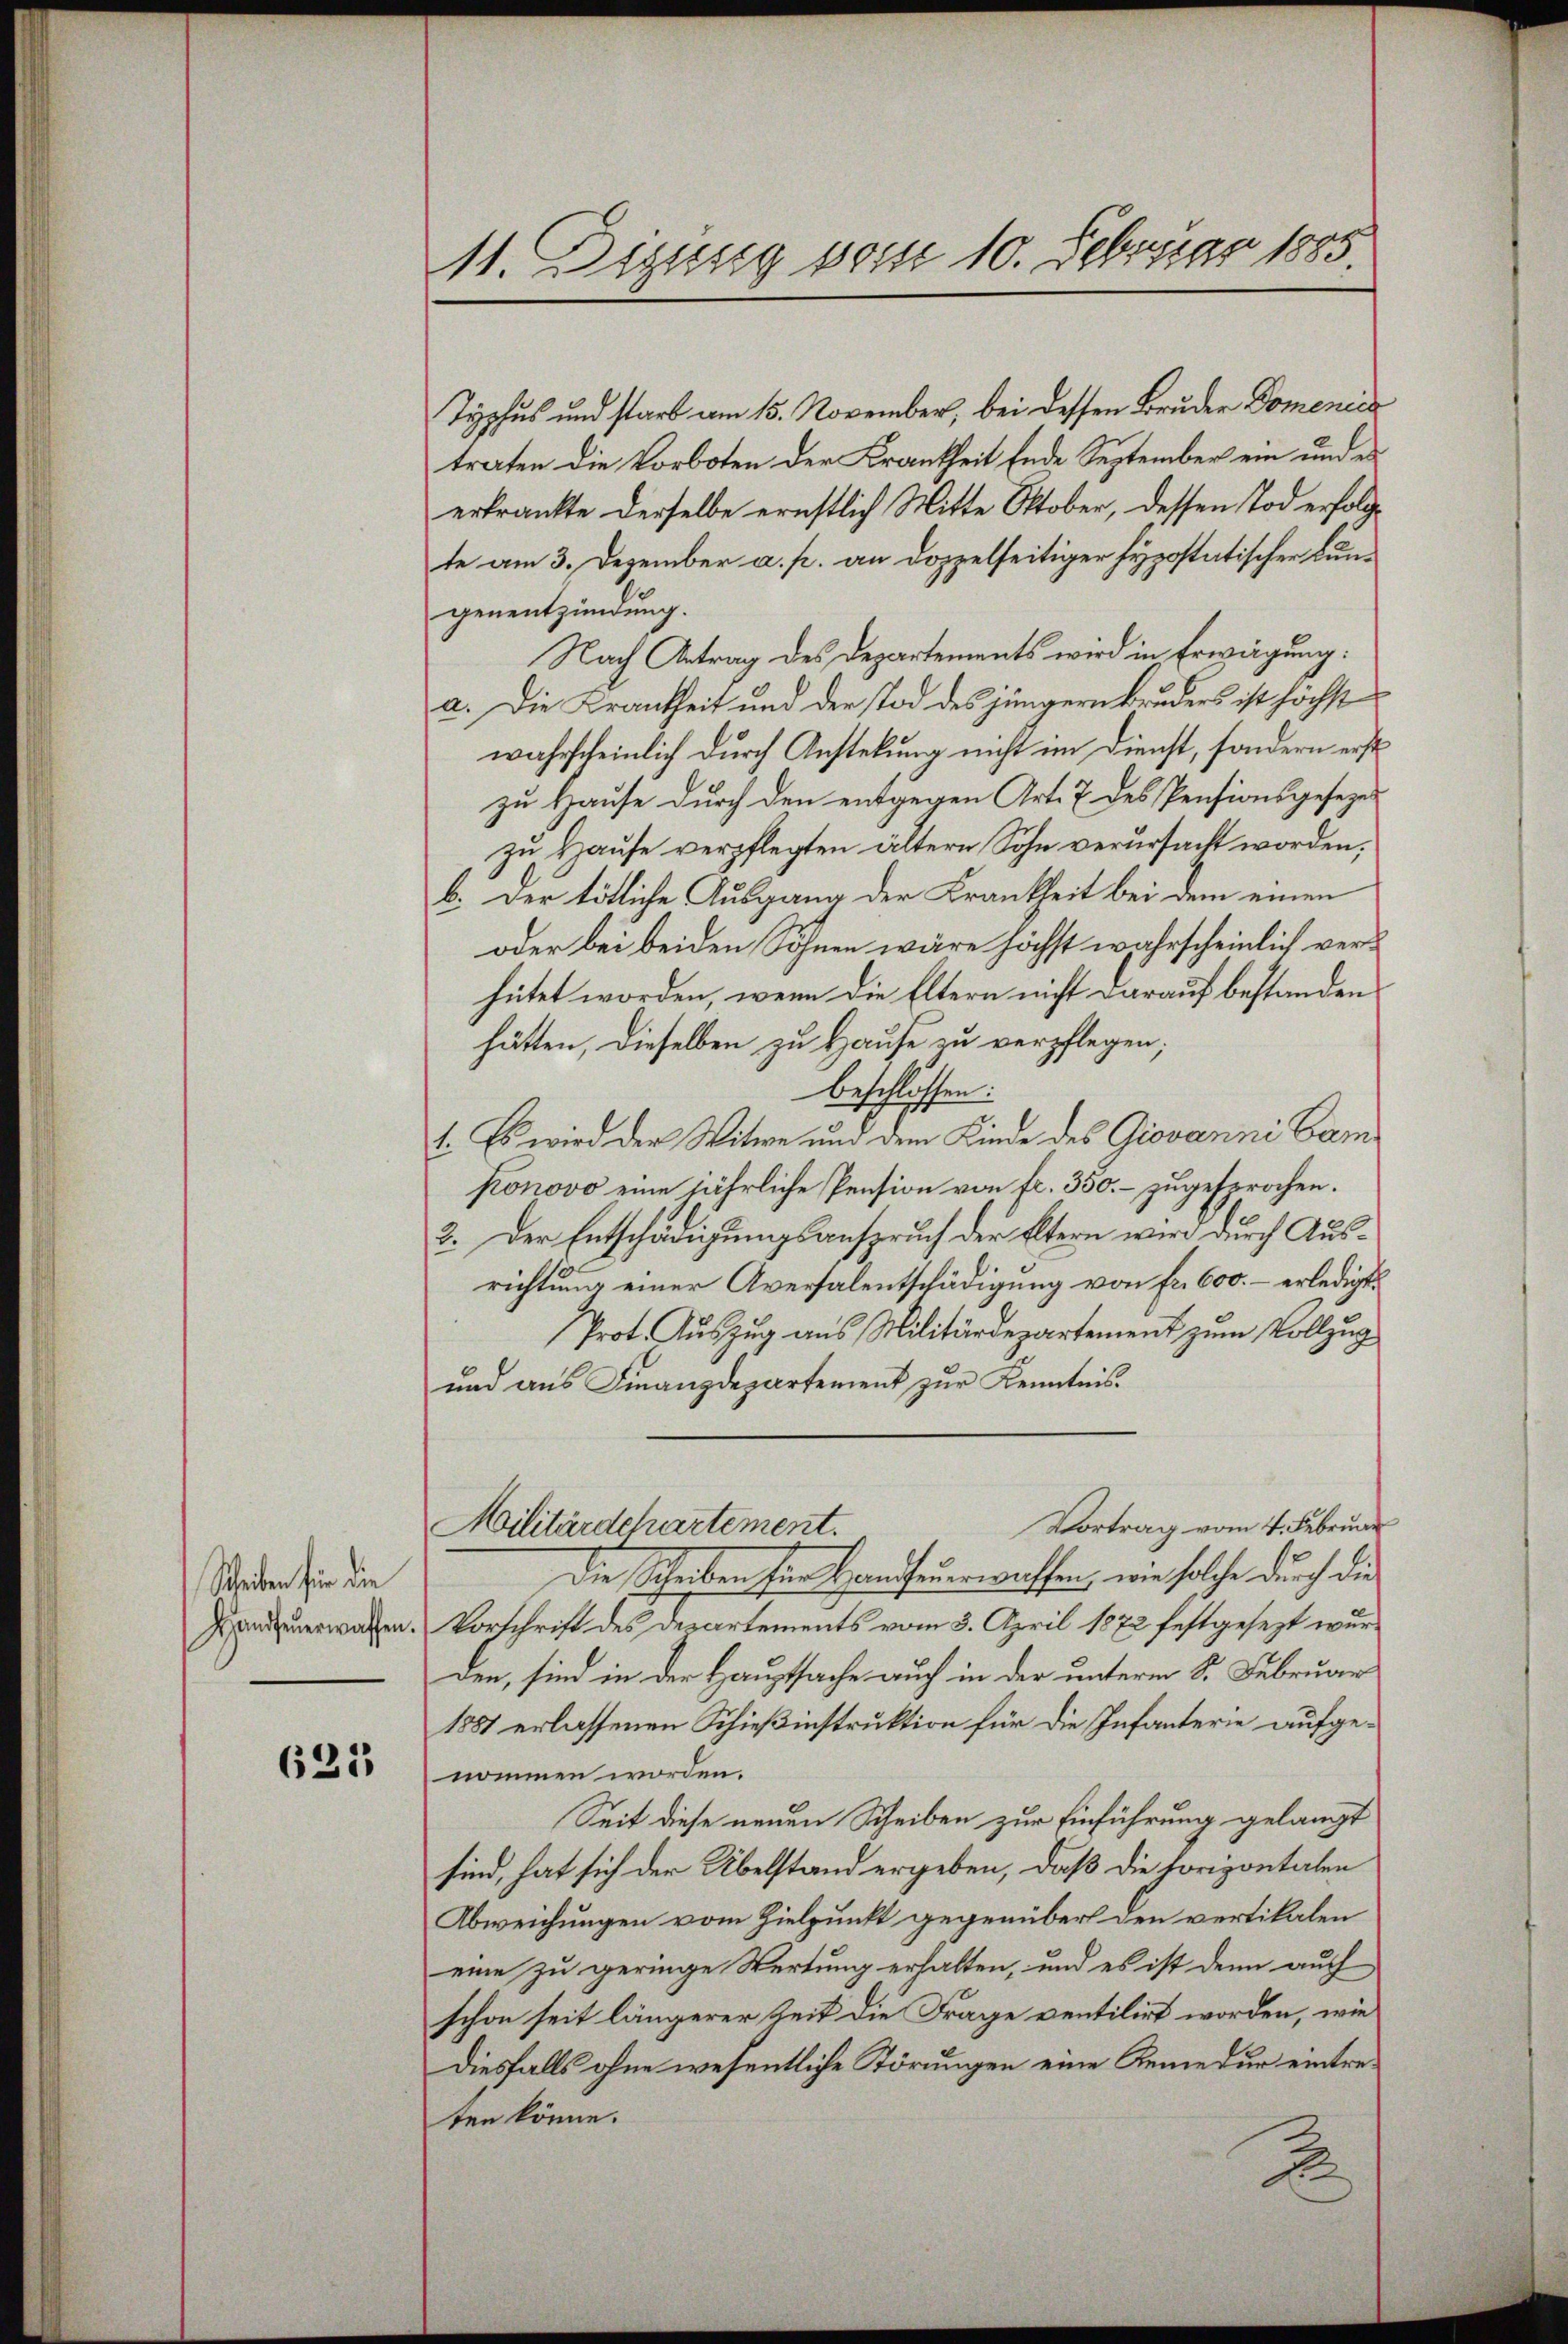
Schreiben für die
Handfeuerwaffen

625

11. Digung posse 10. Februar 1885.

Typhus und starb am 15. November, bei dessen Bruder Domenica
traten die Vorboten der Krankheit Ende September ein und es
erkrankte derselbe ernstlich Mitte Oktober, dessen Tod erfolge
te am 3. Dezember a. p. an doppelseitiger Hypostatischer Bungenentzündung.
Nach Antrag des Departements wird in Erwägung:
a. Die Krankheit und der Tod des jüngern Bruders ist höchst
wahrscheinlich durch Anstellung nicht im Dienst, sondern erst
zu Hause durch den entgegen Art. 7 des Pensionsgeseze
zu Hause verpflegten ältern Sohn verursacht worden;
b. Der tötliche Ausgang der Krankheit bei dem einen
oder bei beiden Söhnen wäre höchst wahrscheinlich verhütet worden, wenn die Eltern nicht darauf bestanden
hätten, dieselben zu Hause zu verpflegen;
beschlossen:
1. Es wird der Witwe und dem Kinde des Giovanni Camponovo eine jährliche Pension von fr. 350. – zugesprochen.
2. Der Entschädigungsanspruch der Eltern wird durch Ausrichtung einer Aversalentschädigung von fr. 600. – erledigt
Prot. Auszug aus Militärdepartement zum Vollzug
und aus Finanzdepartement zur Kenntnis.
Vortrag vom 4. Februar
Militärdchartement.
Die Scheiben für Handfeuerwassen, wie solche durch die
Vorschrift des Departements vom 3. April 1872 festgesezt wurden, sind in der Hauptsache auch in der unterm 8. Februar
1887 erlassenen Schießinstruktion für die Infanterie aufgenommen worden.
Seit diese neuen Scheiben zur Einführung gelangt
sind, hat sich der Übelstand ergeben, daß die horizontalen
Abweichungen vom Zielpunkt gegenüber den vertikalen
eine zu geringe Wertung erhalten, und es ist denn auch
schon seit längerer Zeit die Frage ventilirt worden, wie
diesfalls ohne wesentliche Störungen eine Remedur eintreten könne.
2